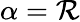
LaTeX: \alpha=\mathcal{R}